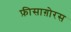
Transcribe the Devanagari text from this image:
फ़ीसाग़ोरस